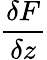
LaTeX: \frac{\delta F}{\delta z}